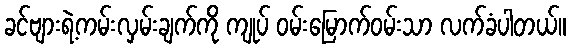
ခင်ဗျားရဲ့ကမ်းလှမ်းချက်ကို ကျုပ် ဝမ်းမြောက်ဝမ်းသာ လက်ခံပါတယ်။